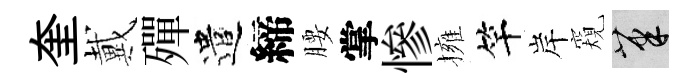
奎戴殫遣締腰掌慘擁竿岸窺筆